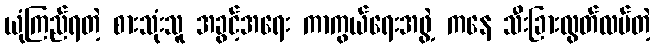
ယုံကြည်ရတဲ့ စားသုံးသူ အခွင့်အရေး ကာကွယ်ရေးအဖွဲ့ ကနေ သီးခြားလွတ်လပ်တဲ့